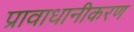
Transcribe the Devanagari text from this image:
प्रावाधानीकरण